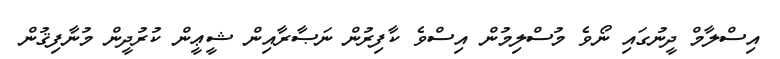
އިސްލާމް ދީނުގައި ނޯވެ މުސްލިމުން އިސްވެ ކާފިރުން ނަޞާރާއިން ޝީޢީން ކުރުދީން މުނާފިޤުން